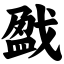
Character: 戤